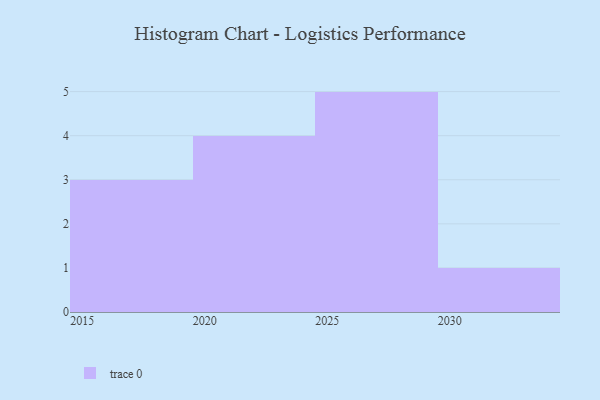
{"axis": {"x": "Year", "y": "Gross Profit (USD K)"}, "legend": [""], "data": [{"x": "2027", "y": 43, "type": ""}, {"x": "2026", "y": 37, "type": ""}, {"x": "2023", "y": 73, "type": ""}, {"x": "2020", "y": 7, "type": ""}, {"x": "2029", "y": 63, "type": ""}, {"x": "2018", "y": 63, "type": ""}, {"x": "2019", "y": 72, "type": ""}, {"x": "2015", "y": 34, "type": ""}, {"x": "2021", "y": 39, "type": ""}, {"x": "2030", "y": 67, "type": ""}, {"x": "2025", "y": 53, "type": ""}, {"x": "2028", "y": 4, "type": ""}, {"x": "2024", "y": 99, "type": ""}]}